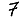
Digit: 7